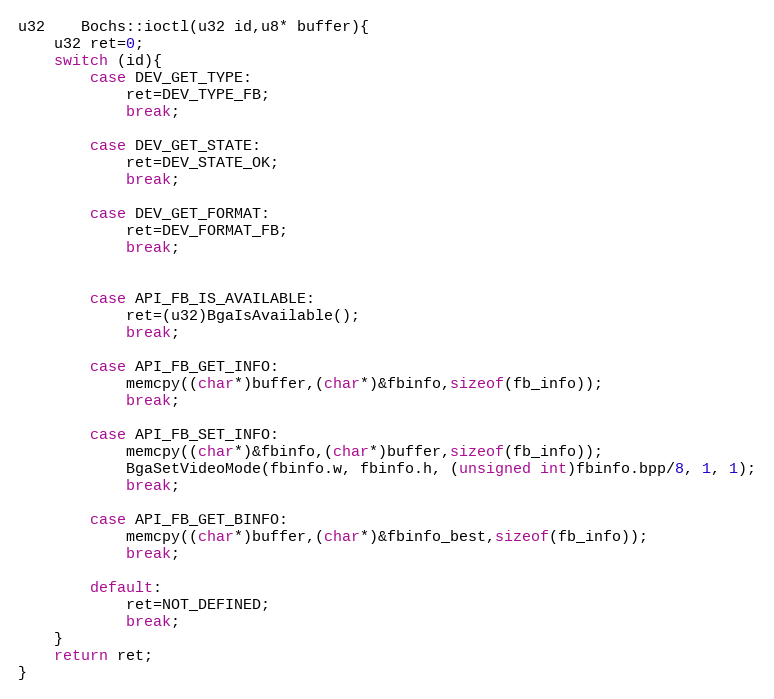
Language: C++
u32	Bochs::ioctl(u32 id,u8* buffer){
	u32 ret=0;
	switch (id){
		case DEV_GET_TYPE:
			ret=DEV_TYPE_FB;
			break;

		case DEV_GET_STATE:
			ret=DEV_STATE_OK;
			break;

		case DEV_GET_FORMAT:
			ret=DEV_FORMAT_FB;
			break;

		case API_FB_IS_AVAILABLE:
			ret=(u32)BgaIsAvailable();
			break;

		case API_FB_GET_INFO:
			memcpy((char*)buffer,(char*)&fbinfo,sizeof(fb_info));
			break;

		case API_FB_SET_INFO:
			memcpy((char*)&fbinfo,(char*)buffer,sizeof(fb_info));
			BgaSetVideoMode(fbinfo.w, fbinfo.h, (unsigned int)fbinfo.bpp/8, 1, 1);
			break;

		case API_FB_GET_BINFO:
			memcpy((char*)buffer,(char*)&fbinfo_best,sizeof(fb_info));
			break;

		default:
			ret=NOT_DEFINED;
			break;
	}
	return ret;
}